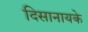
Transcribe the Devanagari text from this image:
दिसानायके